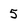
Character: 5